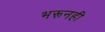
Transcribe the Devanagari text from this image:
भरूनही